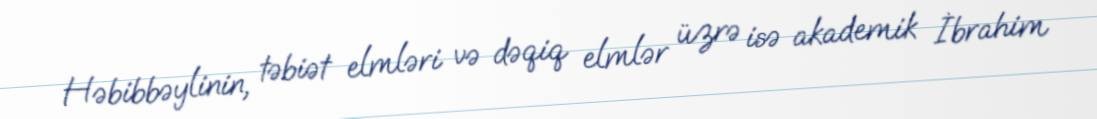
Həbibbəylinin, təbiət elmləri və dəqiq elmlər üzrə isə akademik İbrahim